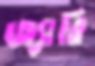
জ্যারি